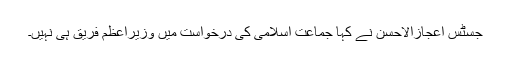
جسٹس اعجازالاحسن نے کہا جماعت اسلامی کی درخواست میں وزیراعظم فریق ہی نہیں۔